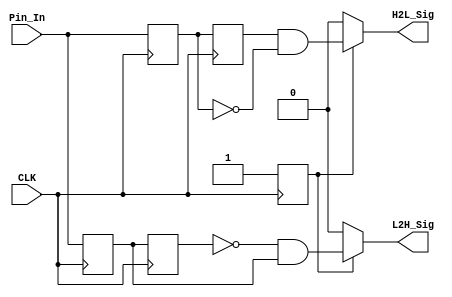
module detect_module (
	input CLK,
	input Pin_In,
	output H2L_Sig,
	output L2H_Sig
);

/**********************************/

parameter T100US = 13'd4_999;

/**********************************/

reg [12:0]Count1;
reg isEn;

always @ ( posedge CLK )
	isEn <= 1'b1;

/********************************************/

reg H2L_F1;
reg H2L_F2;
reg L2H_F1;
reg L2H_F2;

always @ ( posedge CLK )
	begin
		H2L_F1 <= Pin_In;
		H2L_F2 <= H2L_F1;
		L2H_F1 <= Pin_In;
		L2H_F2 <= L2H_F1;
	end
/***********************************/


assign H2L_Sig = isEn ? ( H2L_F2 & !H2L_F1 ) : 1'b0;
assign L2H_Sig = isEn ? ( !L2H_F2 & L2H_F1 ) : 1'b0;


/***********************************/

endmodule